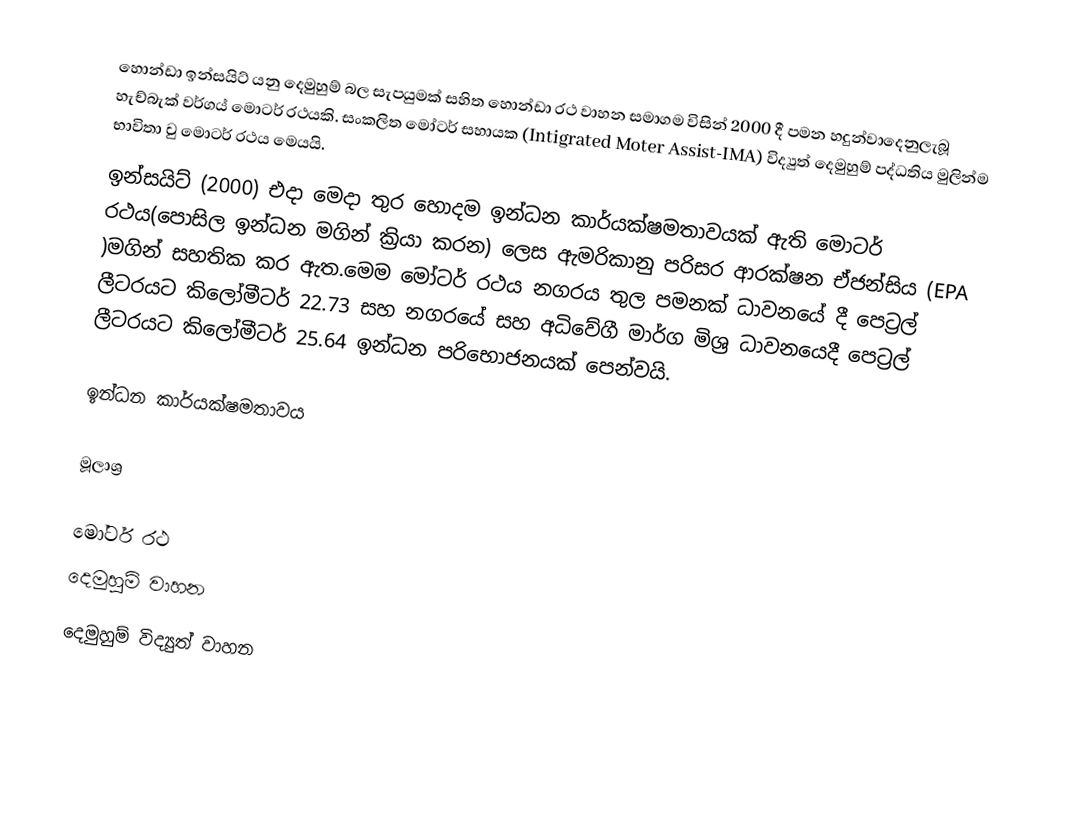
හොන්ඩා ඉන්සයිට් යනු දෙමුහුම් බල සැපයුමක් සහිත හොන්ඩා රථ වාහන සමාගම විසින් 2000 දී පමන හදුන්වාදෙනුලැබූ හැච්බැක් වර්ගය් මොටර් රථයකි.   සංකලිත මෝටර් සහායක (Intigrated Moter Assist-IMA) විද්‍යුත් දෙමුහුම් පද්ධතිය  මුලින්ම භාවිතා වු මොටර් රථය මෙයයි.
ඉන්සයිට් (2000) එදා මෙදා තුර හොදම ඉන්ධන කාර්යක්ෂමතාවයක් ඇති මොටර් රථය(පොසිල ඉන්ධන මගින් ක්‍රියා කරන) ලෙස ඇමරිකානු පරිසර ආරක්ෂන ඒජන්සිය (EPA )මගින් සහතික කර ඇත.මෙම මෝටර් රථය නගරය තුල පමනක් ධාවනයේ දී පෙට්‍රල් ලීටරයට කිලෝමීටර් 22.73 සහ නගරයේ සහ අධිවේගී මාර්ග මිශ්‍ර ධාවනයෙදී පෙට්‍රල් ලීටරයට කිලෝමීටර්  25.64 ඉන්ධන පරිභොජනයක් පෙන්වයි.

ඉන්ධන කාර්යක්ෂමතාවය

මූලාශ්‍ර

මෝටර් රථ
දෙමුහුම් වාහන
දෙමුහුම් විද්‍යුත් වාහන